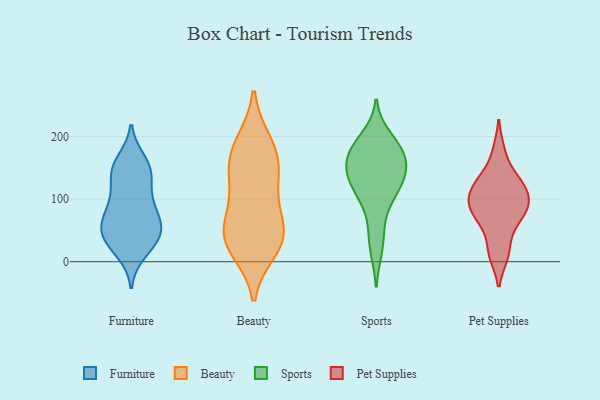
{"axis": {"x": "Revenue (USD Million)", "y": "Value"}, "legend": ["Beauty", "Furniture", "Pet Supplies", "Sports"], "data": [{"x": "", "y": 58, "type": "Furniture"}, {"x": "", "y": 142, "type": "Furniture"}, {"x": "", "y": 144, "type": "Furniture"}, {"x": "", "y": 72, "type": "Furniture"}, {"x": "", "y": 160, "type": "Furniture"}, {"x": "", "y": 59, "type": "Furniture"}, {"x": "", "y": 142, "type": "Furniture"}, {"x": "", "y": 54, "type": "Furniture"}, {"x": "", "y": 16, "type": "Furniture"}, {"x": "", "y": 43, "type": "Furniture"}, {"x": "", "y": 95, "type": "Furniture"}, {"x": "", "y": 103, "type": "Furniture"}, {"x": "", "y": 43, "type": "Furniture"}, {"x": "", "y": 90, "type": "Furniture"}, {"x": "", "y": 27, "type": "Furniture"}, {"x": "", "y": 151, "type": "Furniture"}, {"x": "", "y": 35, "type": "Furniture"}, {"x": "", "y": 70, "type": "Beauty"}, {"x": "", "y": 107, "type": "Beauty"}, {"x": "", "y": 150, "type": "Beauty"}, {"x": "", "y": 31, "type": "Beauty"}, {"x": "", "y": 131, "type": "Beauty"}, {"x": "", "y": 20, "type": "Beauty"}, {"x": "", "y": 190, "type": "Beauty"}, {"x": "", "y": 44, "type": "Beauty"}, {"x": "", "y": 161, "type": "Beauty"}, {"x": "", "y": 184, "type": "Beauty"}, {"x": "", "y": 35, "type": "Beauty"}, {"x": "", "y": 49, "type": "Beauty"}, {"x": "", "y": 56, "type": "Sports"}, {"x": "", "y": 160, "type": "Sports"}, {"x": "", "y": 134, "type": "Sports"}, {"x": "", "y": 19, "type": "Sports"}, {"x": "", "y": 149, "type": "Sports"}, {"x": "", "y": 119, "type": "Sports"}, {"x": "", "y": 147, "type": "Sports"}, {"x": "", "y": 200, "type": "Sports"}, {"x": "", "y": 185, "type": "Sports"}, {"x": "", "y": 114, "type": "Sports"}, {"x": "", "y": 172, "type": "Sports"}, {"x": "", "y": 177, "type": "Sports"}, {"x": "", "y": 101, "type": "Sports"}, {"x": "", "y": 123, "type": "Pet Supplies"}, {"x": "", "y": 16, "type": "Pet Supplies"}, {"x": "", "y": 119, "type": "Pet Supplies"}, {"x": "", "y": 70, "type": "Pet Supplies"}, {"x": "", "y": 11, "type": "Pet Supplies"}, {"x": "", "y": 85, "type": "Pet Supplies"}, {"x": "", "y": 119, "type": "Pet Supplies"}, {"x": "", "y": 95, "type": "Pet Supplies"}, {"x": "", "y": 176, "type": "Pet Supplies"}, {"x": "", "y": 56, "type": "Pet Supplies"}, {"x": "", "y": 135, "type": "Pet Supplies"}, {"x": "", "y": 91, "type": "Pet Supplies"}, {"x": "", "y": 86, "type": "Pet Supplies"}]}